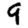
Digit: 9